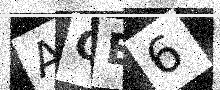
Text: AQE6